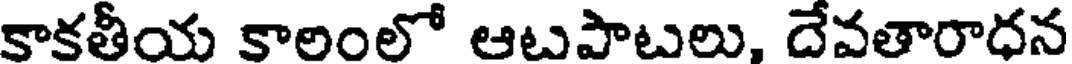
కాకతీయ కాలంలో ఆటపాటలు, దేవతారాధన